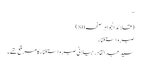
‘‘
(قلائد الجواہر صفحہ80)
صبر و استغناء
سید عبد القادر جیلانی صبر و استغناء کا مرقع تھے۔